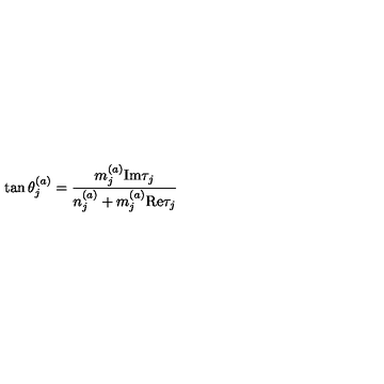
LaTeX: \tan \theta _ { j } ^ { ( a ) } = { \frac { m _ { j } ^ { ( a ) } \mathrm { I m } \tau _ { j } } { n _ { j } ^ { ( a ) } + m _ { j } ^ { ( a ) } \mathrm { R e } \tau _ { j } } }